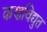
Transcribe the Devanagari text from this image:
कणविद्युत